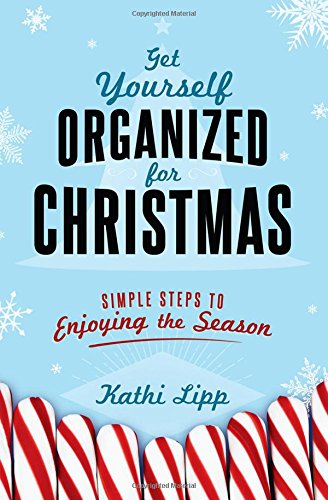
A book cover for Get Yourself Organized for Christmas: Simple Steps to Enjoying the Season; Kathi Lipp; Christian Books & Bibles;